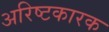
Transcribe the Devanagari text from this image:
अरिष्टकारक